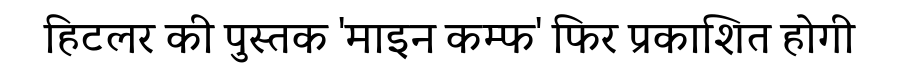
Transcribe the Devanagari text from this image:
हिटलर की पुस्तक 'माइन कम्फ' फिर प्रकाशित होगी